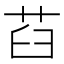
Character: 𦭻